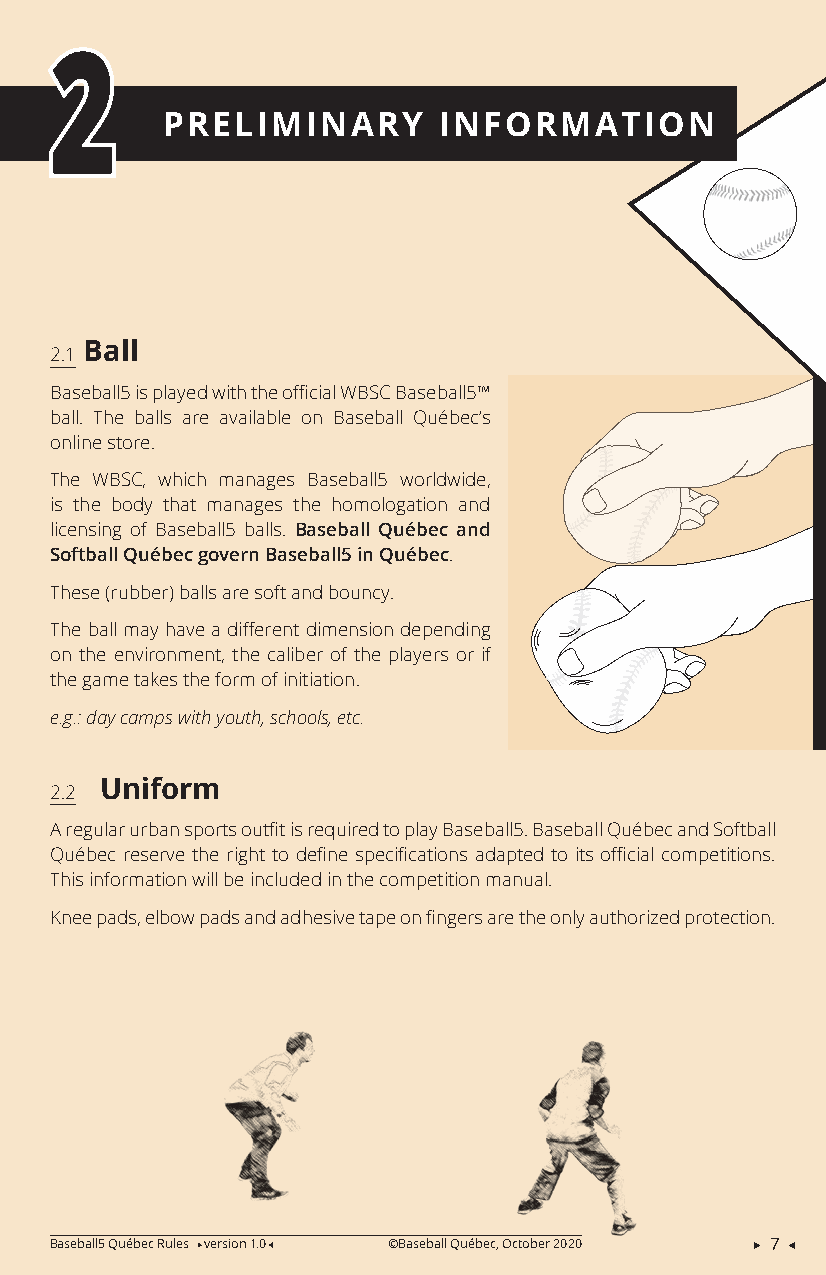
2
 PRELIMINARY       INFORMATION
 Ball
 2.1
 Baseball5 is played with the official WBSC Baseball5™
 ball. The balls are available on Baseball Québec’s
 online store.
 The WBSC, which manages Baseball5 worldwide,
 is the body that manages the homologation and
 licensing of Baseball5 balls. Baseball Québec and
 Softball Québec govern Baseball5 in Québec.
 These (rubber) balls are soft and bouncy.
 The ball may have a different dimension depending
 on the environment, the caliber of the players or if
 the game takes the form of initiation.
 e.g.: day camps with youth, schools, etc.
 Uniform
 2.2
 A regular urban sports outfit is required to play Baseball5. Baseball Québec and Softball
 Québec reserve the right to define specifications adapted to its official competitions.
 This information will be included in the competition manual.
 Knee pads, elbow pads and adhesive tape on fingers are the only authorized protection.
 Baseball5 Québec Rules version 1.0 ©Baseball Québec, October 2020  7 